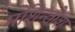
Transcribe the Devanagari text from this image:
मशिन्तोश